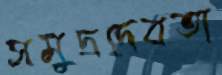
সমুদ্রদেবতা